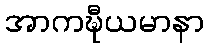
အာကဍ္ဎီယမာနာ